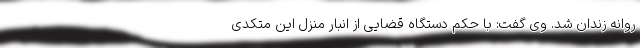
روانه زندان شد. وی گفت: با حکم دستگاه قضایی از انبار منزل این متکدی